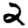
Digit: 2